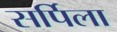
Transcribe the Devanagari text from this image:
सर्पिला